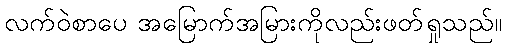
လက်ဝဲစာပေ အမြောက်အမြားကိုလည်းဖတ်ရှုသည်။